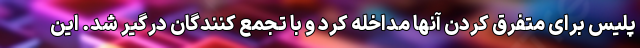
پلیس برای متفرق کردن آنها مداخله کرد و با تجمع کنندگان درگیر شد. این